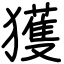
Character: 獲